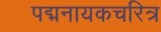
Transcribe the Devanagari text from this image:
पद्मनायकचरित्र